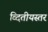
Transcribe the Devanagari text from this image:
व्दितीयस्तर